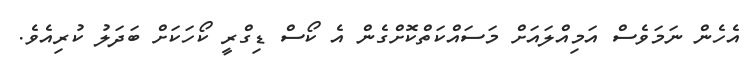
އެހެން ނަަމަވެސް އަމިއްލައަށް މަސައްކަތްކޮށްގެން އެ ކޯސް ޑިގްރީ ކޯހަކަށް ބަދަލު ކުރިއެވެ.